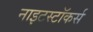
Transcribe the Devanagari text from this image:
नाइटस्टॉकर्स